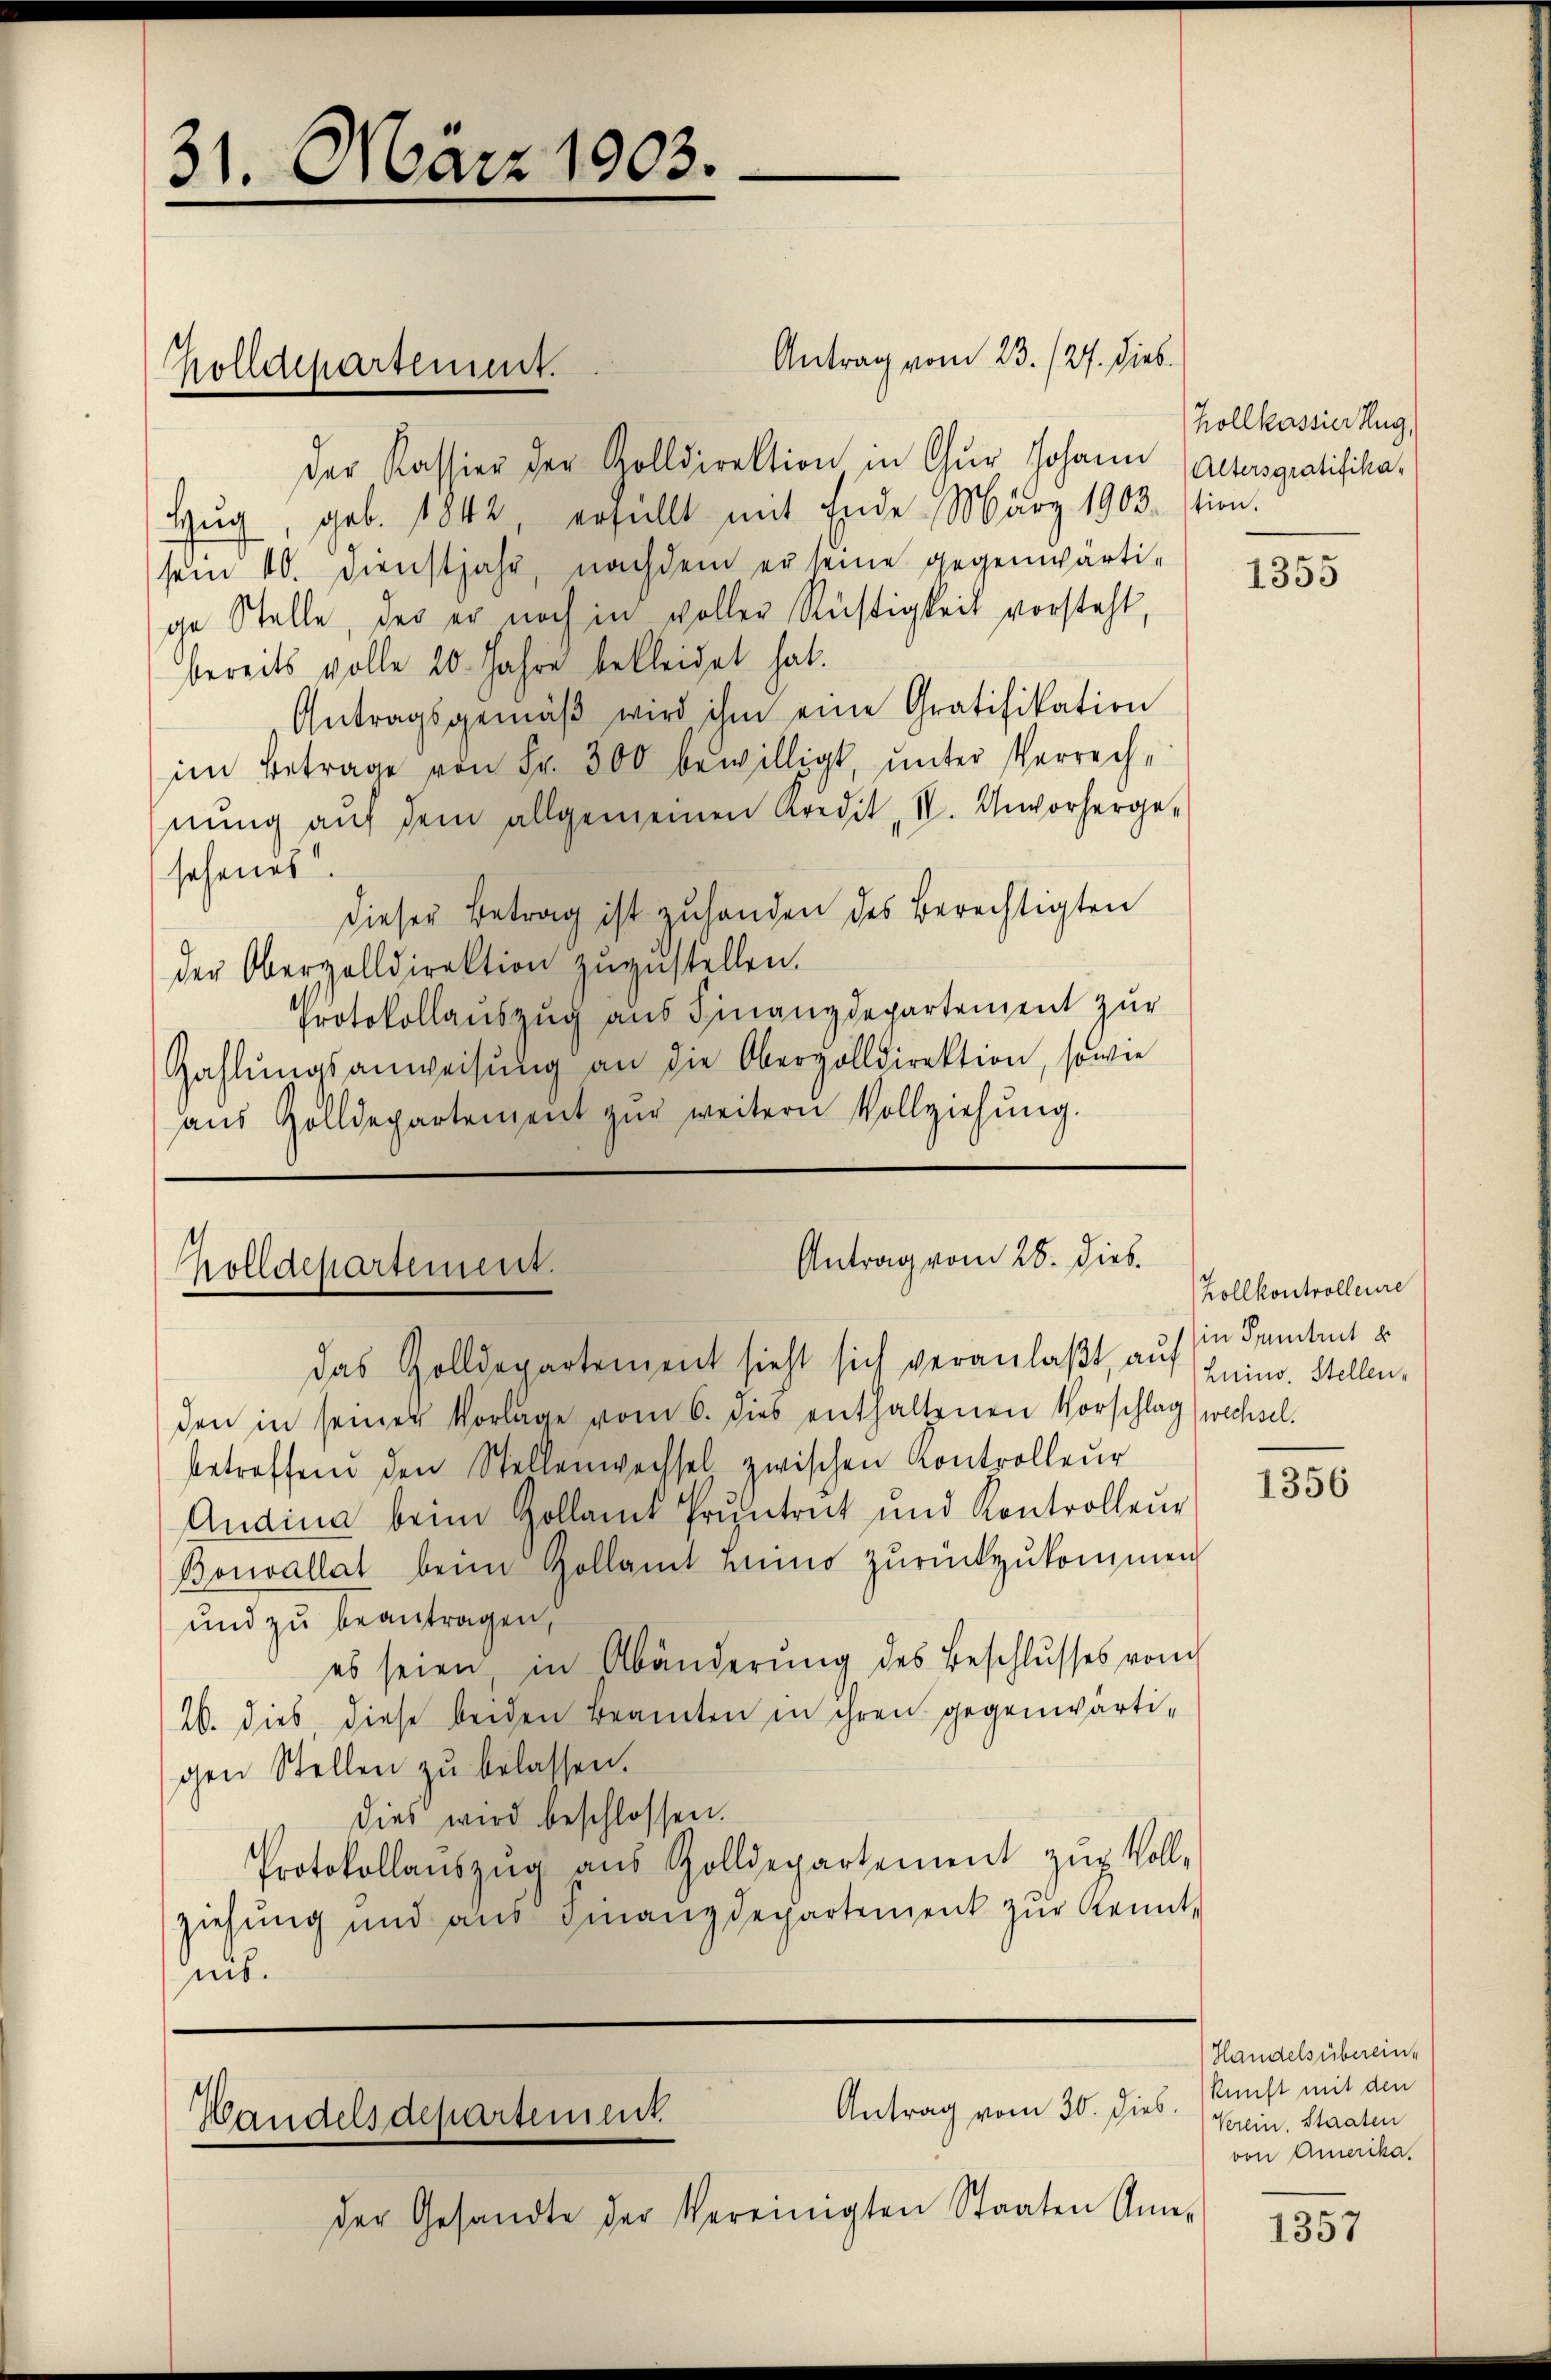
31. März 1903.

Holldepartement.

der Kassier der Zolldirektion in Chur Johann Actusgratifika¬
Hug, geb. 1842, erfüllt mit Ende März 1903 tion.
sein 10. Dienstjahr, nachdem er seine gegenwärti-
ge Stelle, der er noch in voller Richtigkeit vorsteht,
bereits volle 20 Jahre bekleidet hat.
Antragsgemäβ wird ihm eine Gratifikation
im Betrage von Fr. 300 bewilligt, unter Verrechnŭng aŭf dem allgemeinen Kredit, I. Unvorherge-
sehenes.
dieser Betrag ist zulanden des Berechtigten
der Obergolldirektion zŭzŭstellen.
Protokollauszug aus Finanzdepartement zur
Zahlŭngsanweisŭng an die Oberzolldirektion, sowie
aŭs Zolldepartement zŭr weitern Vollziehŭng.

das Zolldepartement sieht sich veranlaßt, auf Anin. Stellen,
den in seiner Vorlage vom 6. dies enthaltenen Vorschlag (wechsel.
betreffend den Stellenwechsel zwischen Kontrolleur
Andina beim Zollamt Pruntrut und Kontrolleur
Bonvallat beim Gollamt Himo zŭrückzŭkommen
und zu beantragen,
es seien, in Abänderŭng des Beschlŭsses vom
26. dies diese beiden Beamten in ihren gegenwärtigen Stellen zu belassen.
dies wird beschlossen.
Protokollaŭszŭg aŭs Zolldepartement zŭr Voll-
ziehung und aus genanzdepartement zŭr Kennt,
mis.

Antrag vom 23. /27. Dieb.

Antrag vom 28. Dieb.
holldepartement.

Antrag vom 30. Dieb.
Handelsdepartement.
der Gesandte der Vereinigten Staaten An¬

Hollkassier Hug,

Zollkontrolleure
in Suntrut u

1355

1356

Handels überein.
kunft mit den
Verein. Staaten
von Amerika.

1357